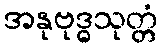
အနုဗုဒ္ဓသုတ္တံ